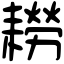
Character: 耮